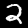
Digit: 2